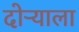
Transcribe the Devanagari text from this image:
दोऱ्याला